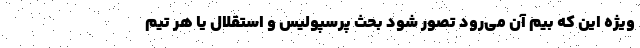
ویژه این که بیم آن می‌رود تصور شود بحث پرسپولیس و استقلال یا هر تیم